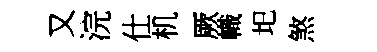
又浣仕机厥幟圯煞